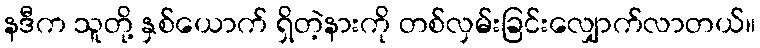
နဒီက သူတို့ နှစ်ယောက် ရှိတဲ့နားကို တစ်လှမ်းခြင်းလျှောက်လာတယ်။